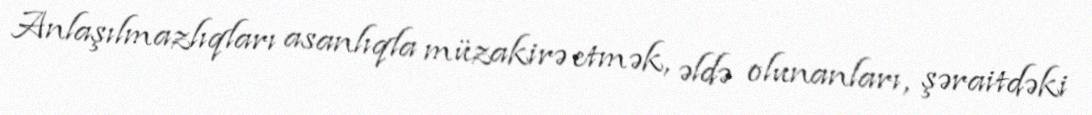
Anlaşılmazlıqları asanlıqla müzakirə etmək, əldə olunanları, şəraitdəki